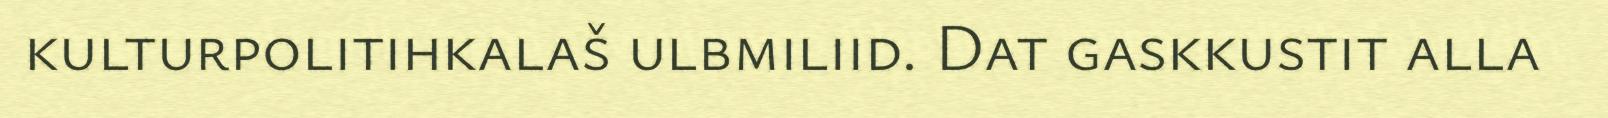
kulturpolitihkalaš ulbmiliid. Dat gaskkustit alla